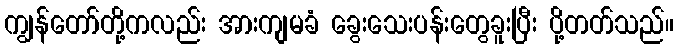
ကျွန်တော်တို့ကလည်း အားကျမခံ ခွေးသေးပန်းတွေခူးပြီး ပို့တတ်သည်။